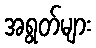
အရွတ်များ